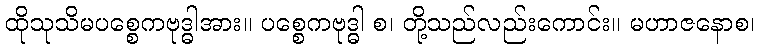
ထိုသုသိမပစ္စေကဗုဒ္ဓါအား။ ပစ္စေကဗုဒ္ဓါ စ၊ တို့သည်လည်းကောင်း။ မဟာဇနောစ၊